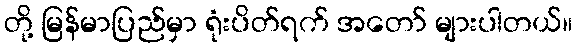
တို့ မြန်မာပြည်မှာ ရုံးပိတ်ရက် အတော် များပါတယ်။